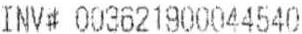
INV# 003621900044540